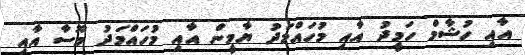
އާއި ހުޝާމް ހަމީދު އާއި މުހައްމަދު ޔާމީން އާއި މުހައްމަދު މޫސާ އާއި